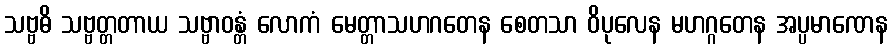
သဗ္ဗဓိ သဗ္ဗတ္တတာယ သဗ္ဗာဝန္တံ လောကံ မေတ္တာသဟဂတေန စေတသာ ဝိပုလေန မဟဂ္ဂတေန အပ္ပမာဏေန